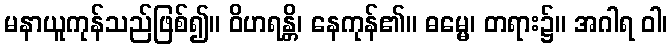
မနာယူကုန်သည်ဖြစ်၍။ ဝိဟရန္တိ၊ နေကုန်၏။ ဓမ္မေ၊ တရား၌။ အဂါရ ဝါ၊